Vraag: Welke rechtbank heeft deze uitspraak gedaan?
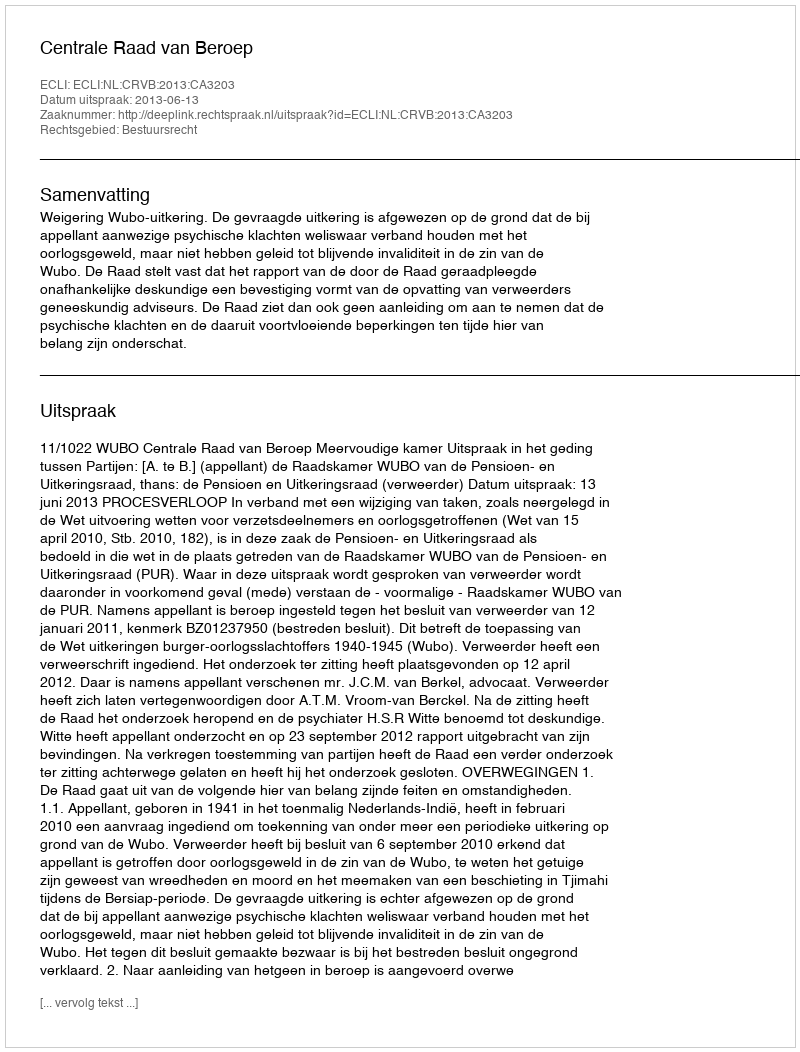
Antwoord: Centrale Raad van Beroep